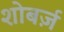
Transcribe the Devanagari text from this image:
शोबर्ज़